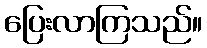
ပြေးလာကြသည်။